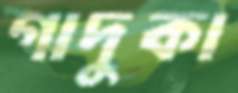
গাদুকা